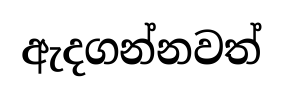
ඇදගන්නවත්